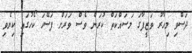
ދަސްވި މިހާރު ވަޒީފާގަ މަސައްކަތް ކުރަން ވެސް ވަރަށް ފަސޭހަ ކޯހުގައި ކިޔެވި